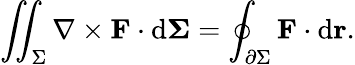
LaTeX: \iint_{\Sigma}\nabla\times\mathbf{F}\cdot\mathrm{d}\mathbf{\Sigma}=\oint_{\partial\Sigma}\mathbf{F}\cdot\mathrm{d}\mathbf{r}.